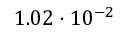
1 . 0 2 \cdot 1 0 ^ { - 2 }